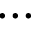
\cdots